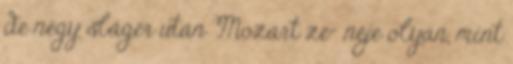
de négy sláger után Mozart ze- néje olyan, mint